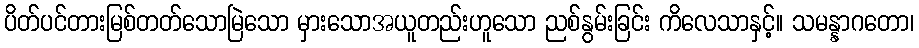
ပိတ်ပင်တားမြစ်တတ်သောမြဲသော မှားသောအယူတည်းဟူသော ညစ်နွမ်းခြင်း ကိလေသာနှင့်။ သမန္နာဂတော၊